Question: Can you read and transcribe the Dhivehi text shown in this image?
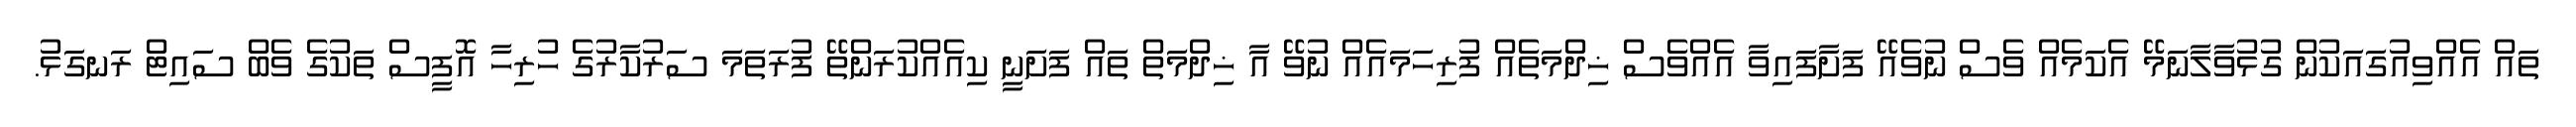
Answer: ތައް އެއްވިއުގައަކުން ގުޅުވާލާނަމޭ އެކަމެއް ވެސް ނުވެއޭ ފަށާފައިވާ އެއްވެސް ޚިދްމަތެއް ފުރިހަމައެއް ނުވޭ އާ ޚިދްމަތް ތައް ފަށަނީ ކިއެއްކުރަންތޭ ފުރަތަމަ ސަރުކާރުގެ ހުރިހާ އޮފީސް ތަކުގެ ވެބް ސައިޓް ރަނގަޅު.